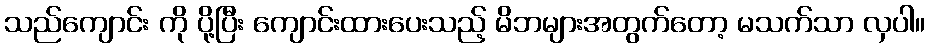
သည်ကျောင်း ကို ပို့ပြီး ကျောင်းထားပေးသည့် မိဘများအတွက်တော့ မသက်သာ လှပါ။